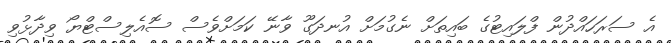
އެ ސަރަހައްދުން ފްލައިޓުގެ ބައިތަށް ނެގުމަށް އުނދަގޫ ވާނޭ ކަމަށްވެސް ސޮއެލިސްޓްޔޯ ވިދާޅުވި